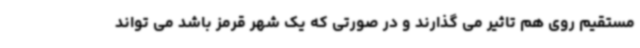
مستقیم روی هم تاثیر می گذارند و در صورتی که یک شهر قرمز باشد می تواند